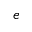
e